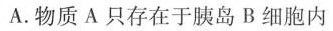
A.物质A只存在于胰岛B细胞内